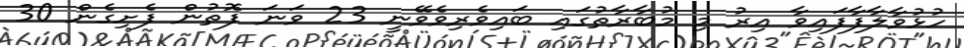
ހުޅުވާލާފާފައިވާ އިރު މި މުބާރާތުގައި ބައިވެރިވެވޭނީ 23 ވަނަ ފޮތުން ފެށިގެން 30